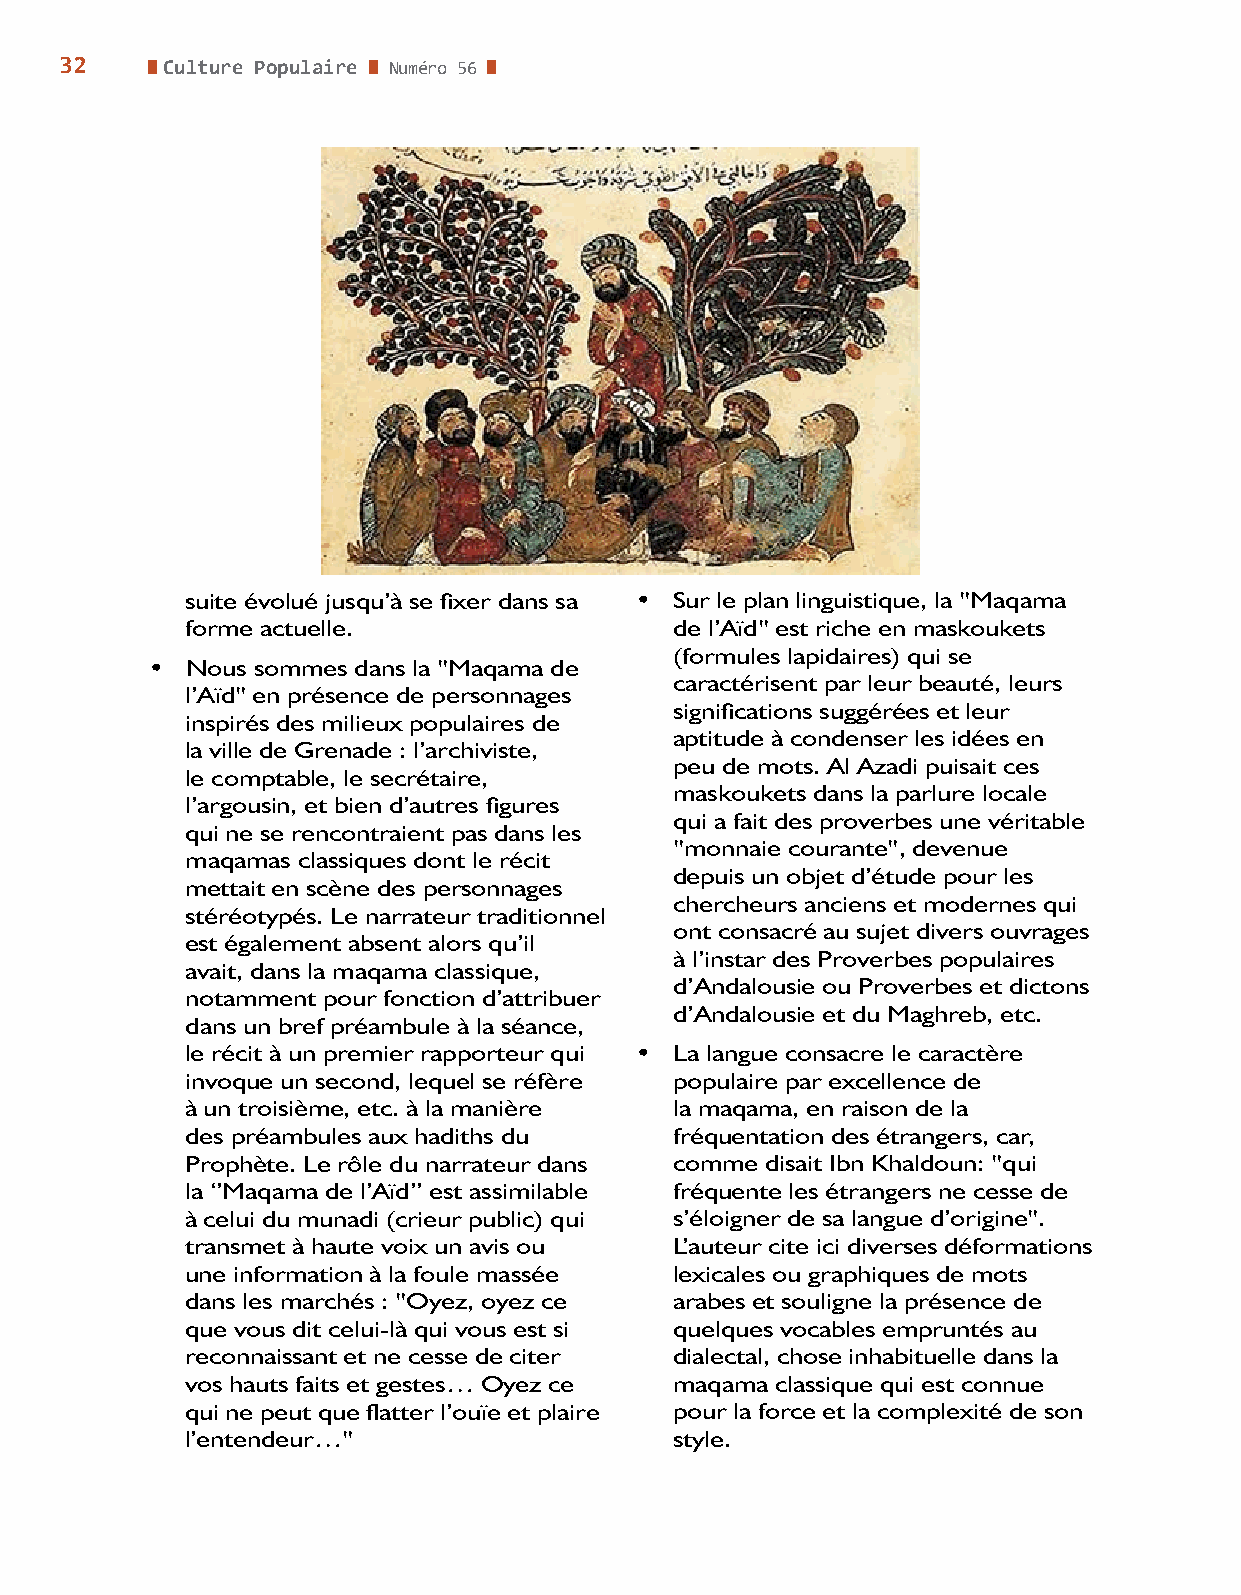
32     Culture Populaire Numéro 56
 suite évolué jusqu’à se fixer dans sa • Sur le plan linguistique, la "Maqama
 forme actuelle.                  de l’Aïd" est riche en maskoukets
 (formules lapidaires) qui se
 • Nous sommes dans la "Maqama de
 caractérisent par leur beauté, leurs
 l’Aïd" en présence de personnages
 significations suggérées et leur
 inspirés des milieux populaires de
 aptitude à condenser les idées en
 la ville de Grenade : l’archiviste,
 peu de mots. Al Azadi puisait ces
 le comptable, le secrétaire,
 maskoukets dans la parlure locale
 l’argousin, et bien d’autres figures
 qui a fait des proverbes une véritable
 qui ne se rencontraient pas dans les
 "monnaie courante", devenue
 maqamas classiques dont le récit
 depuis un objet d’étude pour les
 mettait en scène des personnages
 chercheurs anciens et modernes qui
 stéréotypés. Le narrateur traditionnel
 ont consacré au sujet divers ouvrages
 est également absent alors qu’il
 à l’instar des Proverbes populaires
 avait, dans la maqama classique,
 d’Andalousie ou Proverbes et dictons
 notamment pour fonction d’attribuer
 d’Andalousie et du Maghreb, etc.
 dans un bref préambule à la séance,
 le récit à un premier rapporteur qui • La langue consacre le caractère
 invoque un second, lequel se réfère populaire par excellence de
 à un troisième, etc. à la manière la maqama, en raison de la
 des préambules aux hadiths du    fréquentation des étrangers, car,
 Prophète. Le rôle du narrateur dans comme disait Ibn Khaldoun: "qui
 la ‘’Maqama de l’Aïd’’ est assimilable fréquente les étrangers ne cesse de
 à celui du munadi (crieur public) qui s’éloigner de sa langue d’origine".
 transmet à haute voix un avis ou L’auteur cite ici diverses déformations
 une information à la foule massée lexicales ou graphiques de mots
 dans les marchés : "Oyez, oyez ce arabes et souligne la présence de
 que vous dit celui-là qui vous est si quelques vocables empruntés au
 reconnaissant et ne cesse de citer dialectal, chose inhabituelle dans la
 vos hauts faits et gestes… Oyez ce maqama classique qui est connue
 qui ne peut que flatter l’ouïe et plaire pour la force et la complexité de son
 l’entendeur…"                    style.